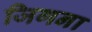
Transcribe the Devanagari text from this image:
जिगना